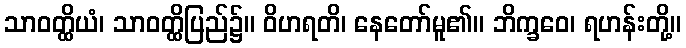
သာဝတ္ထိယံ၊ သာဝတ္ထိပြည်၌။ ဝိဟရတိ၊ နေတော်မူ၏။ ဘိက္ခဝေ၊ ရဟန်းတို့။